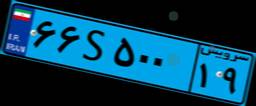
۲۶S۸۰۸۵۱